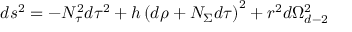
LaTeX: d s ^ { 2 } = - N _ { \tau } ^ { 2 } d \tau ^ { 2 } + h \left( d \rho + N _ { \Sigma } d \tau \right) ^ { 2 } + r ^ { 2 } d \Omega _ { d - 2 } ^ { 2 }